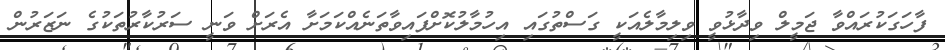
ފާހަގަކުރައްވާ ޖަމީލް ވިދާޅުވީ ވިލިމާލެއަކީ ގަސްތުގައި އިހުމާލުކޮށްފައިވާތަނެއްކަމަށާ އެރަށް ވަނީ ސަރުކާރުތަކުގެ ނަޒަރުން